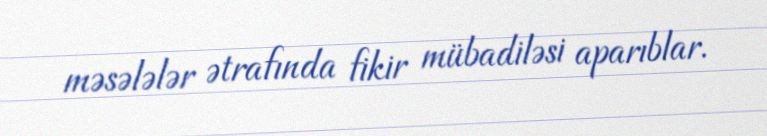
məsələlər ətrafında fikir mübadiləsi aparıblar.